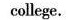
college.